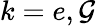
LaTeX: k=e,\mathcal{G}